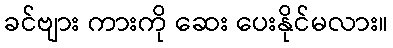
ခင်ဗျား ကားကို ဆေး ပေးနိုင်မလား။